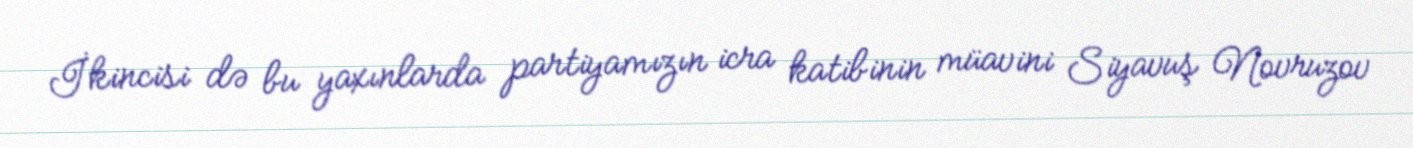
İkincisi də bu yaxınlarda partiyamızın icra katibinin müavini Siyavuş Novruzov